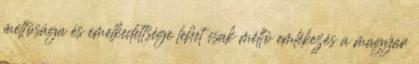
méltósága és emelkedettsége lehet csak méltó emlékezés a magyar